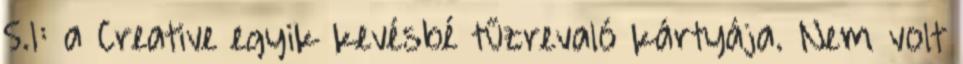
5.1: a Creative egyik kevésbé tűzrevaló kártyája. Nem volt